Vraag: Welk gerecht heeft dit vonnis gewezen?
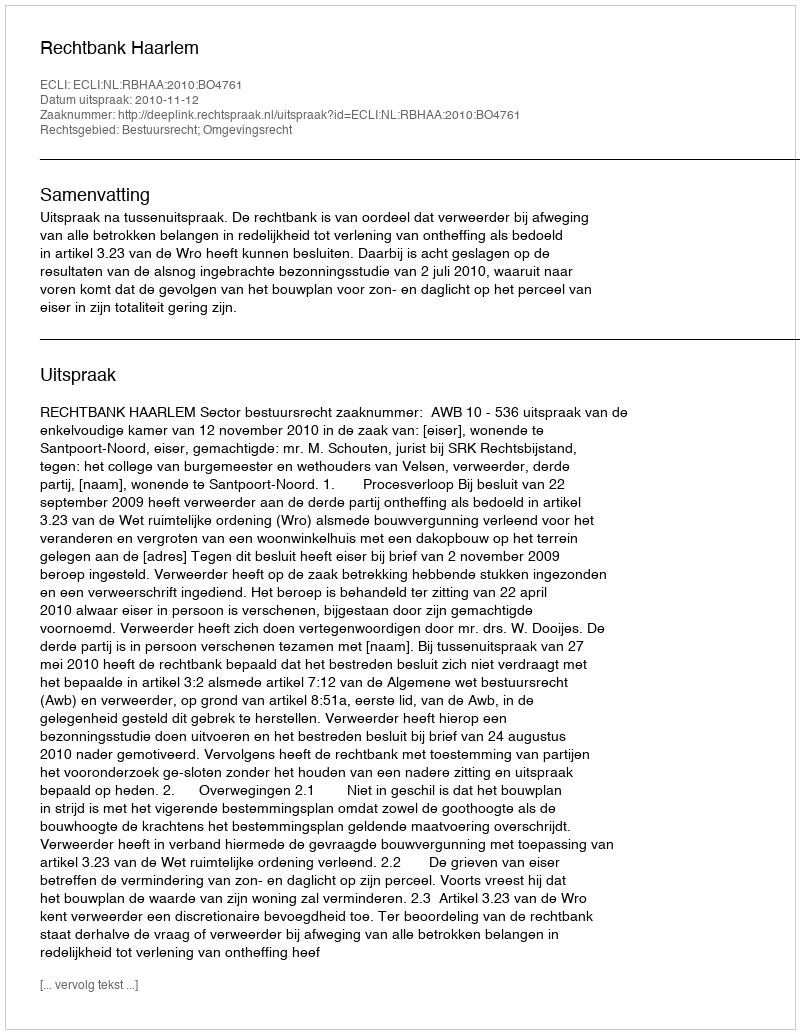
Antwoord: Rechtbank Haarlem